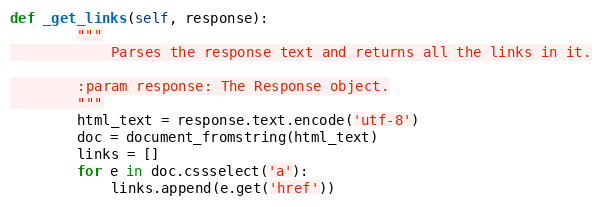
Language: Python
def _get_links(self, response):
        """
            Parses the response text and returns all the links in it.

        :param response: The Response object.
        """
        html_text = response.text.encode('utf-8')
        doc = document_fromstring(html_text)
        links = []
        for e in doc.cssselect('a'):
            links.append(e.get('href'))